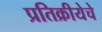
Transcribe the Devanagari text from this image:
प्रतिक्रीयेचे